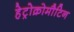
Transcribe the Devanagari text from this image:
हेट्रोक्रोमौटिन